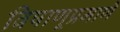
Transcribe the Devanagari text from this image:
विषाणूप्रमाणे